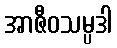
အာဇီဝသမ္ပဒါ